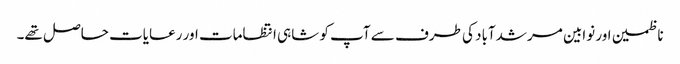
ناظمین اور نوابین مرشدآباد کی طرف سے آپ کو شاہی انتظامات اور رعایات حاصل تھے۔